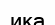
ика